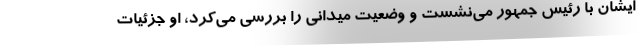
ایشان با رئیس جمهور می‌نشست و وضعیت میدانی را بررسی می‌کرد، او جزئیات